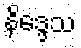
နိဒ္ဒေသ